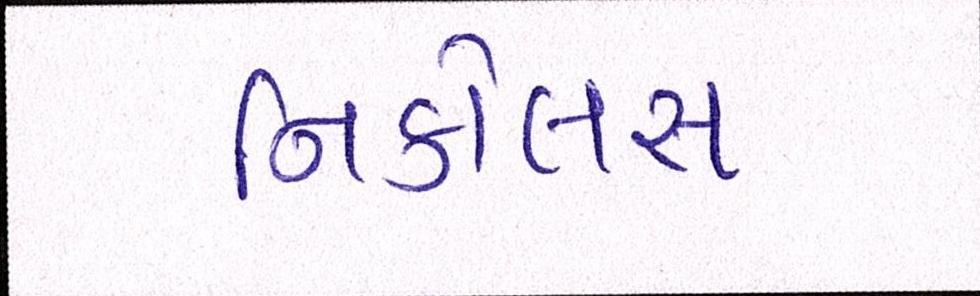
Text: નિકોલસ